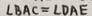
\angle B A C = \angle D A E